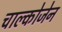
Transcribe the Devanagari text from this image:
चाल्कोजेन